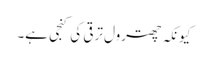
کیونکہ چھترول ترقی کی کنجی ہے۔